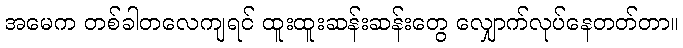
အမေက တစ်ခါတလေကျရင် ထူးထူးဆန်းဆန်းတွေ လျှောက်လုပ်နေတတ်တာ။